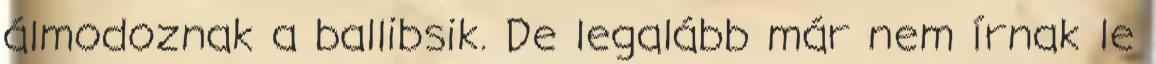
álmodoznak a ballibsik. De legalább már nem írnak le